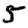
Digit: 5